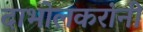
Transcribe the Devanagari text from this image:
दाभोलकरांनी